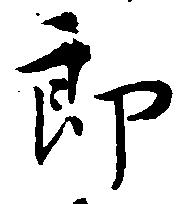
郎